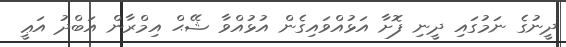
ދީނުގެ ނަމުގައި ދީނި ފޮށާ އަޅުއްވައިގެން އުޅުއްވާ ޝޭޙް އިމްރާން އަބްދު އަޢީ